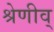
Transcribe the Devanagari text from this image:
श्रेणीव्